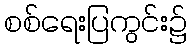
စစ်ရေးပြကွင်း၌